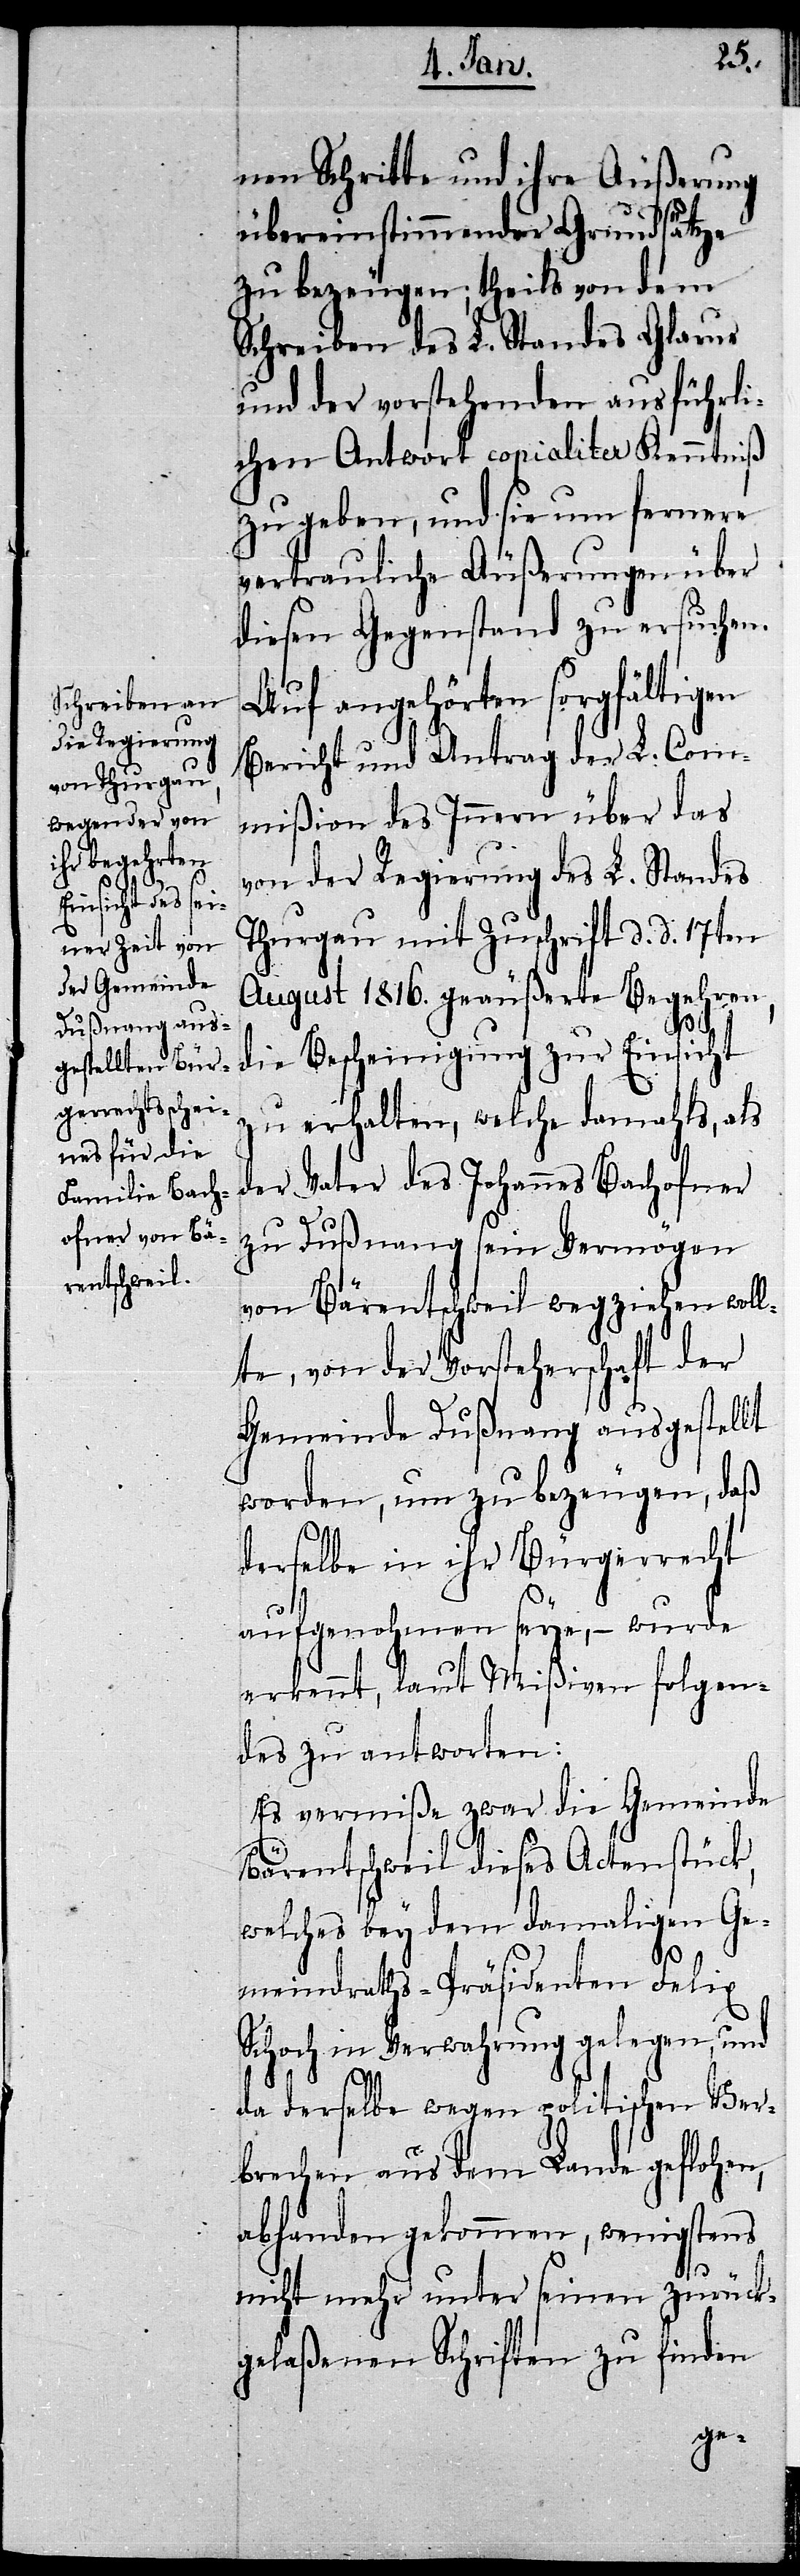
nen Schritte und ihre Äußerung
übereinstimmender Grundsätze
zu bezeugen; theils von dem
Schreiben des L. Standes Glarus
und der vorstehenden ausführli¬
chen Antwort copialiter Kenntniß
zu geben, und sie um fernere
vertrauliche Äußerungen über
diesen Gegenstand zu ersuchen.
Auf angehörten sorgfältigen
Bericht und Antrag der L. Com¬
mißion des Innern über das
von der Regierung des L. Standes
Thurgau mit Zuschrift d. d. 17ten
August 1816. geäußerte Begehren,
die Bescheinigung zur Einsicht
zu erhalten, welche damahls, als
der Vater des Johannes Bachofner
zu Dußnang sein Vermögen
von Bärentschweil wegziehen woll¬
te, von der Vorsteherschaft der
Gemeinde Dußnang ausgestellt
worden, um zu bezeugen, daß
derselbe in ihr Bürgerrecht
aufgenohmen seye, – wurde
erkennt, laut Mißiven folgen¬
des zu antworten:
Es vermiße zwar die Gemeinde
Bärentschweil dieses Actenstück,
welches bey dem damaligen Ge¬
meindraths-Präsidenten Felix
Schoch in Verwahrung gelegen, und
da derselbe wegen politischen Ver¬
brechen aus dem Lande geflohen,
abhanden gekommen, wenigstens
nicht mehr unter seinen zurück¬
gelaßenen Schriften zu finden